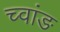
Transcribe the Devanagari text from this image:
च्वांङ